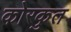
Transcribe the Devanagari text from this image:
कोरकुत